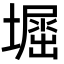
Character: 𡒈